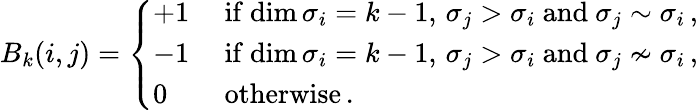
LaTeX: \begin{array}{r}{B_{k}(i,j)=\left\{ \begin{array}{ll}{+1}&{\mathrm{~if~}\mathrm{dim}\, \sigma_{i}=k-1,\, \sigma_{j}>\sigma_{i}\mathrm{~and~}\sigma_{j}\sim\sigma_{i}\, ,}\\ {-1}&{\mathrm{~if~}\mathrm{dim}\, \sigma_{i}=k-1,\, \sigma_{j}>\sigma_{i}\mathrm{~and~}\sigma_{j}\nsim\sigma_{i}\, ,}\\ {0\ }&{\mathrm{~otherwise}\, .}\end{array}\right.}\end{array}